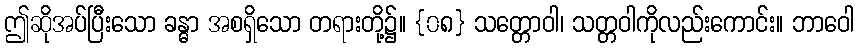
ဤဆိုအပ်ပြီးသော ခန္ဓာ အစရှိသော တရားတို့၌။ {၀၈} သတ္တောဝါ၊ သတ္တဝါကိုလည်းကောင်း။ ဘာဝေါ